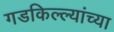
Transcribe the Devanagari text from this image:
गडकिल्ल्यांच्या